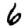
Digit: 6